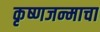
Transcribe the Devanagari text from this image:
कृष्णजन्माचा